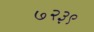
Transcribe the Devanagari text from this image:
७२३९